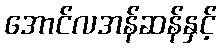
အောင်လအန်ဆန်နှင့်